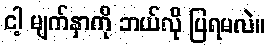
ငါ့ မျက်နှာကို ဘယ်လို ပြရမလဲ။